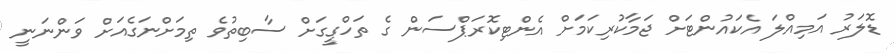
ޑޮލަރު އަމިއްލަ އެކައުންޓަށް ޖަމާކުރިކަމަށް އެންޓިކޮރަޕްސަން ގެ ތަހްގީގަށް ސާބިތުވެ ތިމަށްނަގެއަށް ވަންނަނީ